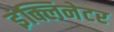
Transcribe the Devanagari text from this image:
इंक्लिनेटर